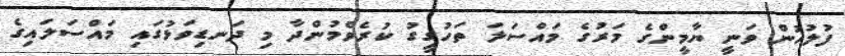
ފުލުހުން ވަނީ ޔާމީންގެ މަރުގެ މައްސަލަ ތަހުގީގު ކުރެވެމުންދާ މި ދަނޑިވަޅުގައި މައްސަލައިގެ